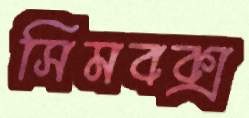
সিমবক্স